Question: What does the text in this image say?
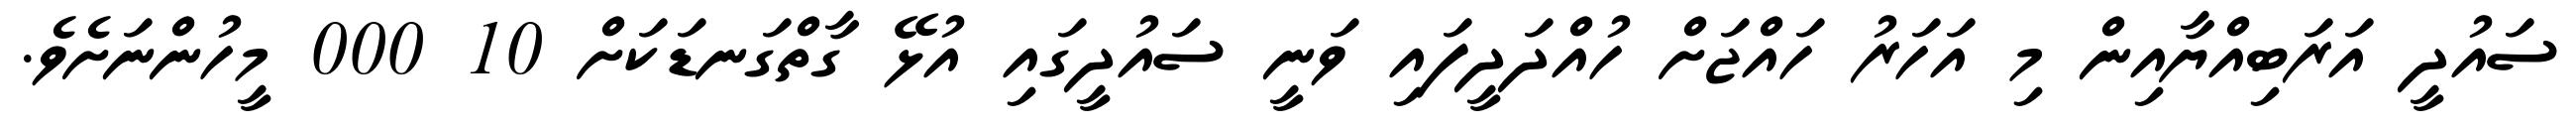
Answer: ސައުދީ އަރަބިއްޔާއިން މި އަހަރު ހައްޖަށް ހުއްދަދީފައި ވަނީ ސައުދީގައި އުޅޭ ގާތްގަނޑަކަށް 10 000 މީހުންނަށެވެ.